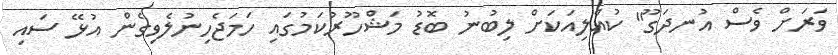
ވަރަށް ވެސް އުނދަގޫ" ކުއްލިއަކަށް ލިބުނު ބޮޑު މަޝްހޫރުކަމުގައި ހަމަޖެހިނުލެވިގެން އުޅޭ ސައި